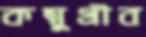
কম্বুগ্রীব